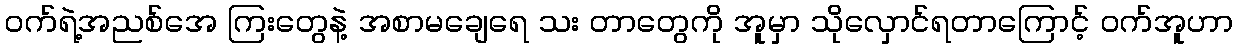
ဝက်ရဲ့အညစ်အေ ကြးတွေနဲ့ အစာမချေရေ သး တာတွေကို အူမှာ သိုလှောင်ရတာကြောင့် ဝက်အူဟာ